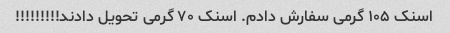
اسنک ۱۰۵ گرمی سفارش دادم. اسنک ۷۰ گرمی تحویل دادند!!!!!!!!!